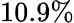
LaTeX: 10.9\%